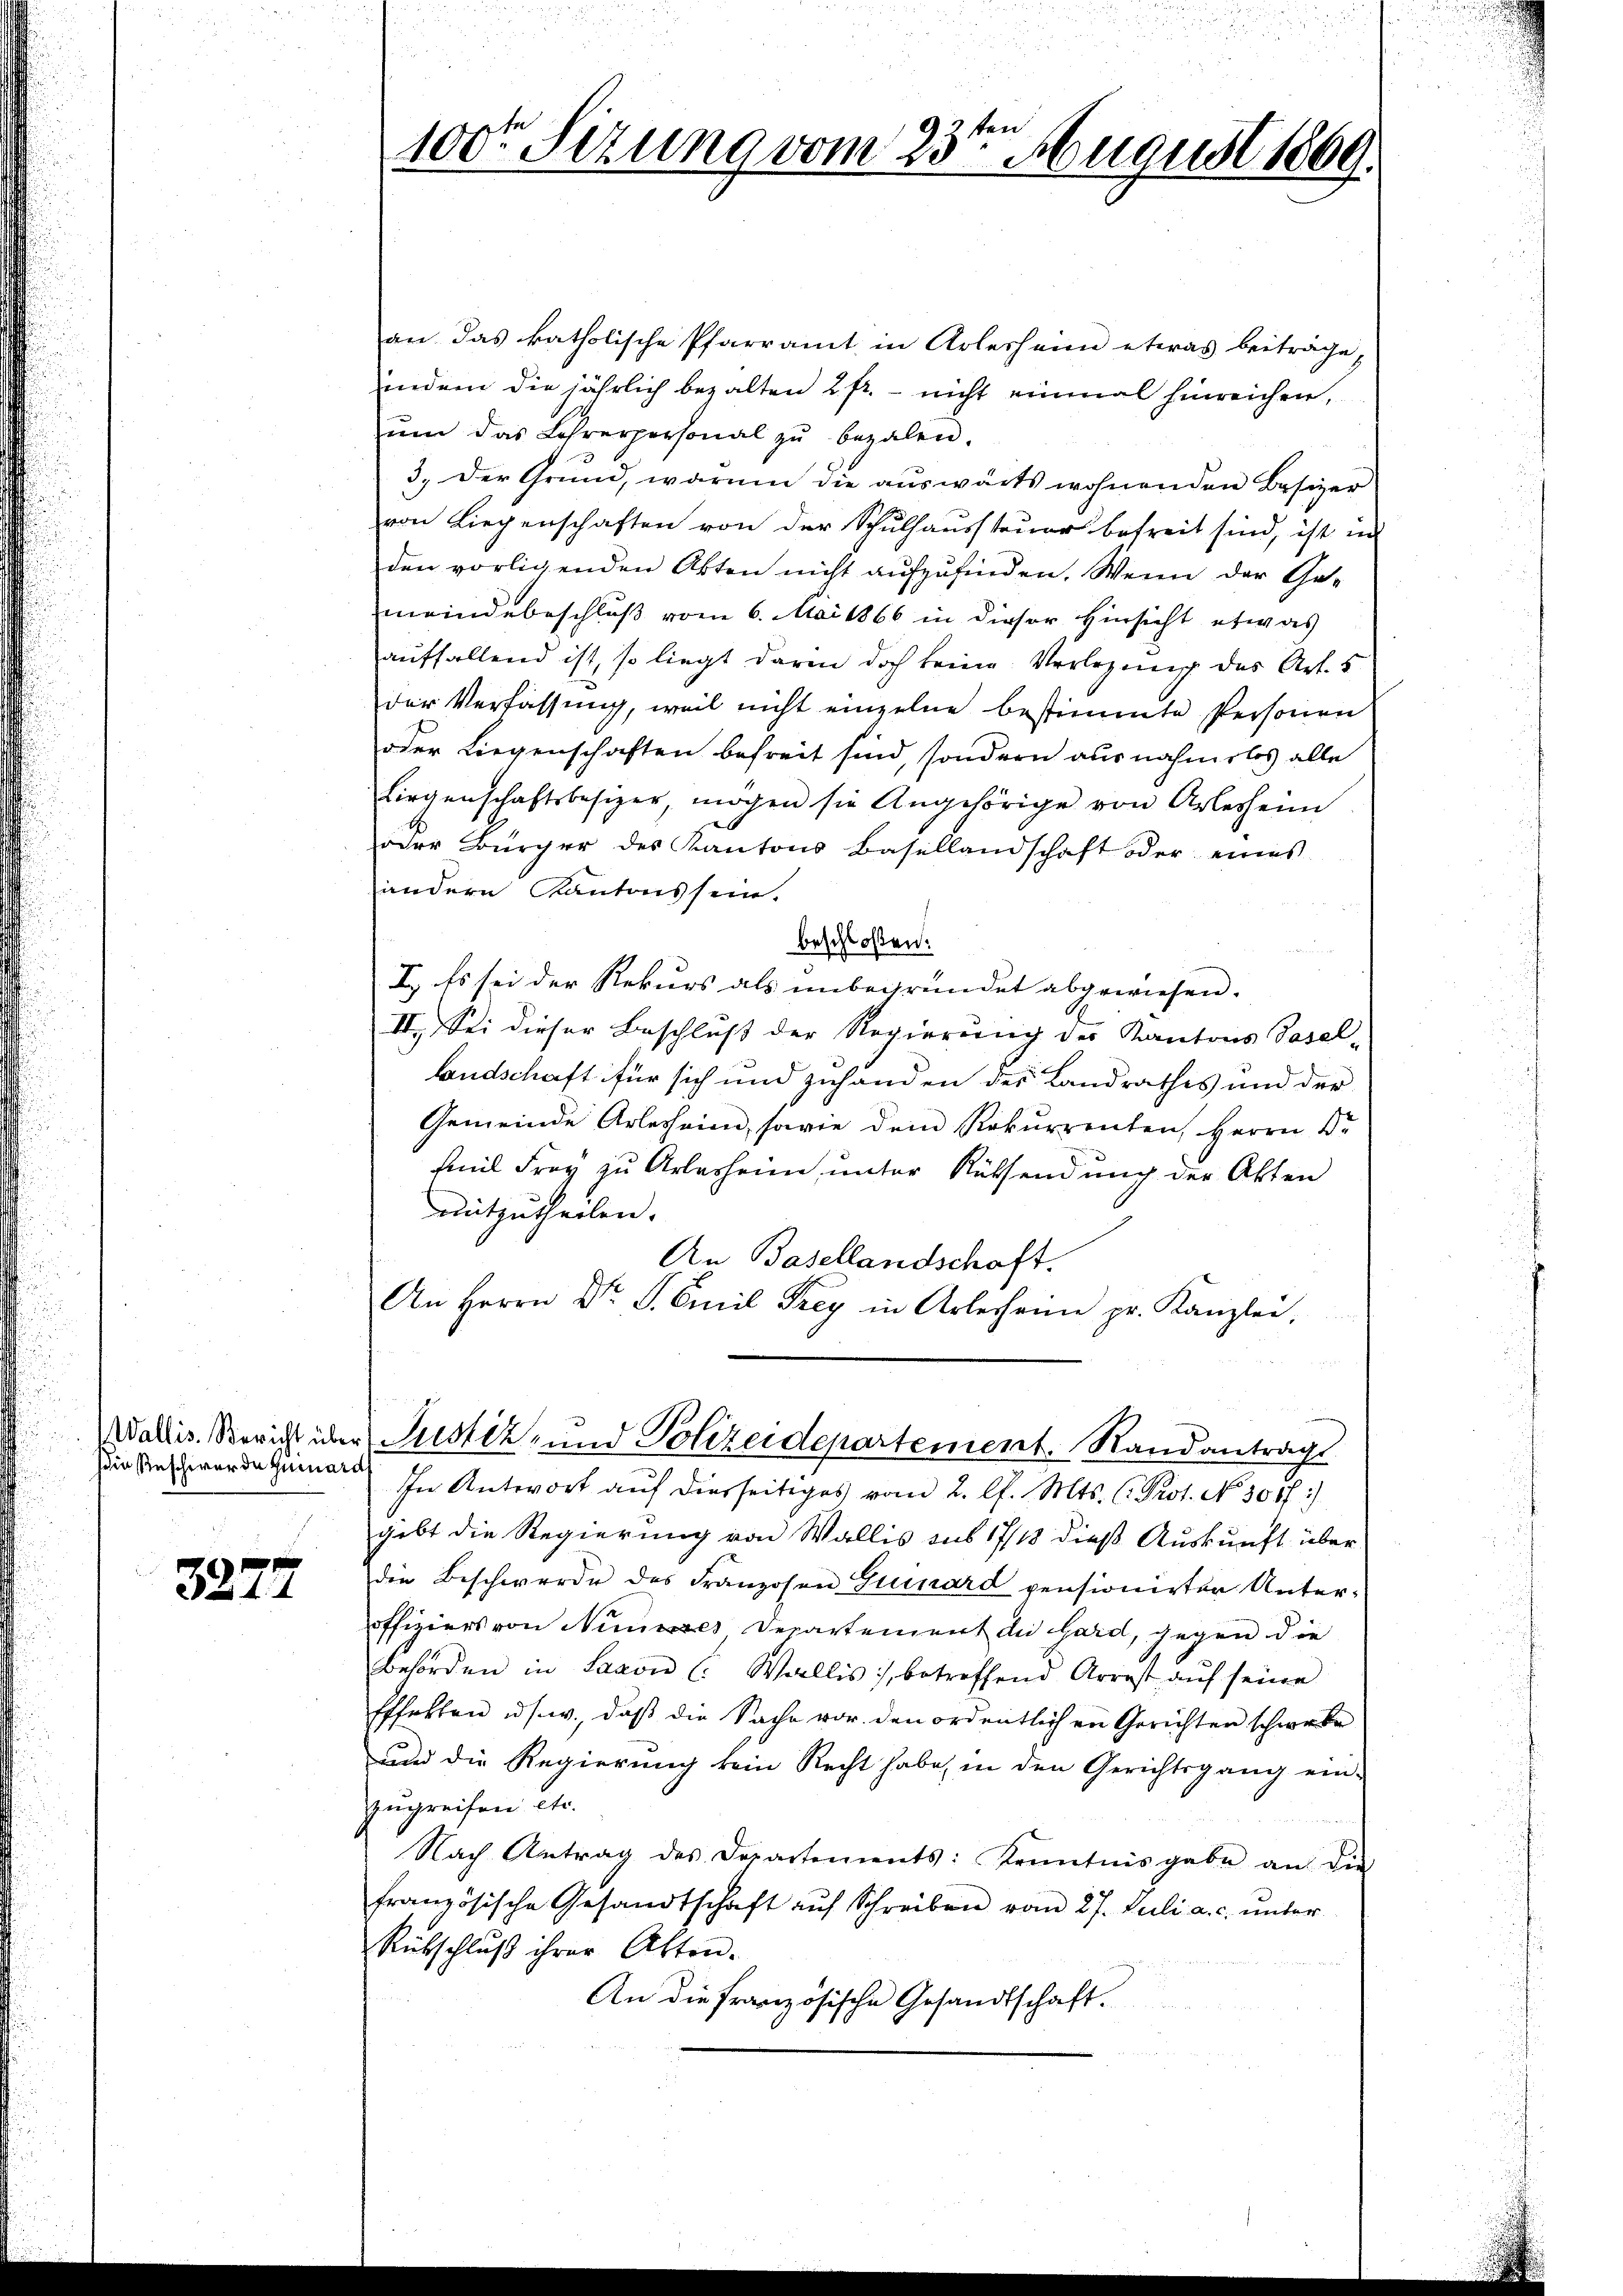
in Bescherer de quinards

3277

an das katholische Pfarramt in Arlesheim etwas beiträge,
indem die jährlich bezalten 2 fr. - nicht einmal hinreichen,
ŭm das Lehrerpersonal zŭ bezalen.
3. Der Grund, warum die auswärts wohnenden Besizer
von Liegenschaften von der Schulhaussteuer befreit sind, ist in
den vorligenden Akten nicht aufzufinden. Wenn der Gemeindebeschluß vom 6. Mai 1866 in dieser Hinsicht etwas
auffallend ist, so liegt darin doch keine Verlegung des Art. 5
der Verfassung, weil nicht einzelne bestimmte Personen
oder Liegenschaften befreit sind, sondern ausnahmslos alle
Liegenschaftsbesizer, mögen sie Angehörige von Arlesheim
oder Bürcher des Kantons Basellandschaft oder eines
andern Kantons sein.
beschloßen:
I. Es sei der Rekurs als unbegründet abgewiesen.
II. Sei dieser Beschluß der Regierung des Kantons Vasel-
Landschaft für sich und zuhanden des Landrathes und der
Gemeinde Arlesheim, sowie dem Rekurrenten, Herrn Dr
Emil Frey zu Arlesheim, unter Rüksendung der Akten
mitzutheilen.
An Basellandschaft.
An Herrn Dr. S. Emil Frey in Arlesheim pr. Kanzlei,
Wallis. Bericht über Justiz- und Polizeidepartement. Randantragt
In Antwort auf diesseitiges vom 2. l. Mts. (Prot. No 3087)
gibt die Regierung von Wallis sus 17/18 dieß Auskunft über
die Beschwerde des Franzosen Gruenard versionirter Unteroffiziers von Nieses Departement die Hard, gegen die
behörden in Saxon (: Wallis, betreffend Arrest aŭf seine
Effekten u. s. w., daß die Sache vor den ordentlichen Gerichten schwere
und die Regierung kein Recht habe, in den Gerichtsgang ein-
zugreifen etc.
Nach Antrag des Departements: Kenntnisgabe an die
französische Gesandtschaft aŭf Schreiben vom 27. Juli a.c. ŭnter
Rutschlŭβ ihrer Akten.
An die französische Gesandtschaft.

en
te
100r Sizung vom 23. August 1809.